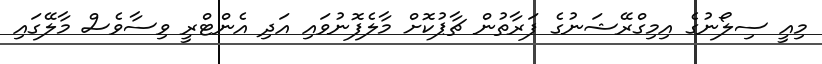
މިއީ ސިލޯނުގެ އިމިގްރޭޝަނުގެ ފަރާތުން ޗާޕުކޮށް މާލެފޮނުވައި އަދި އެންޓްރީ ވިސާވެސް މާލޭގައި